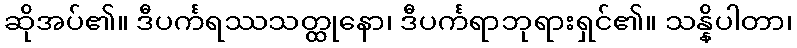
ဆိုအပ်၏။ ဒီပင်္ကရဿသတ္ထုနော၊ ဒီပင်္ကရာဘုရားရှင်၏။ သန္နိပါတာ၊